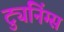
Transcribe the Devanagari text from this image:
ट्युनिंग्स